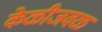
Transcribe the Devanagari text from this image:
केळीजवळ